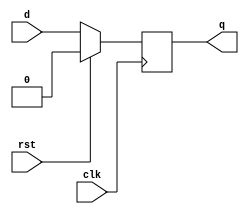
module dff(
    input clk, d, rst,
    output reg q
);
    always @ (posedge clk)
    begin
        if (rst == 1)
            q <= 1'b0;
        else
            q <= d;
    end
endmodule
module fsm (
    input in, clk, rst, output [1:0] Q, output Y
);
    wire w [5:0];

    assign w[2] = Q[1] & ~in;
    assign w[3] = Q[0] & ~in;
    assign Y = w[2] | w[3];
    assign w[0] = Q[1] & in;
    assign w[1] = Q[0] & in;
    assign w[4] = w[0] | w[1];
    assign w[5] = ~Q[1] & in;
    assign w[5] = ~Q[1] & in;
    +
    dff dffA(clk, w[4], rst, Q[1]);
    dff dffB(clk, w[5], rst, Q[0]);
endmodule